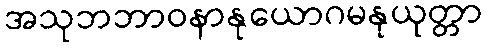
အသုဘဘာဝနာနုယောဂမနုယုတ္တာ